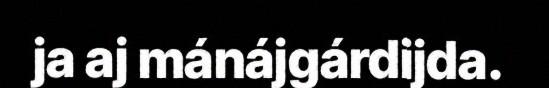
ja aj mánájgárdijda.